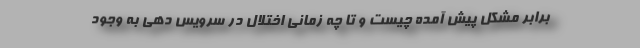
برابر مشکل پیش آمده چیست و تا چه زمانی اختلال در سرویس دهی به وجود